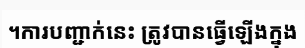
។ការបញ្ជាក់នេះ ត្រូវបានធ្វើឡើងក្នុង